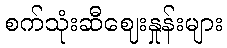
စက်သုံးဆီဈေးနှုန်းများ